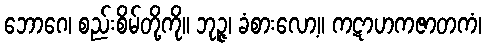
ဘောဂေ၊ စည်းစိမ်တို့ကို။ ဘုဉ္ဇ၊ ခံစားလော့။ ကဋာဟကဇာတကံ၊